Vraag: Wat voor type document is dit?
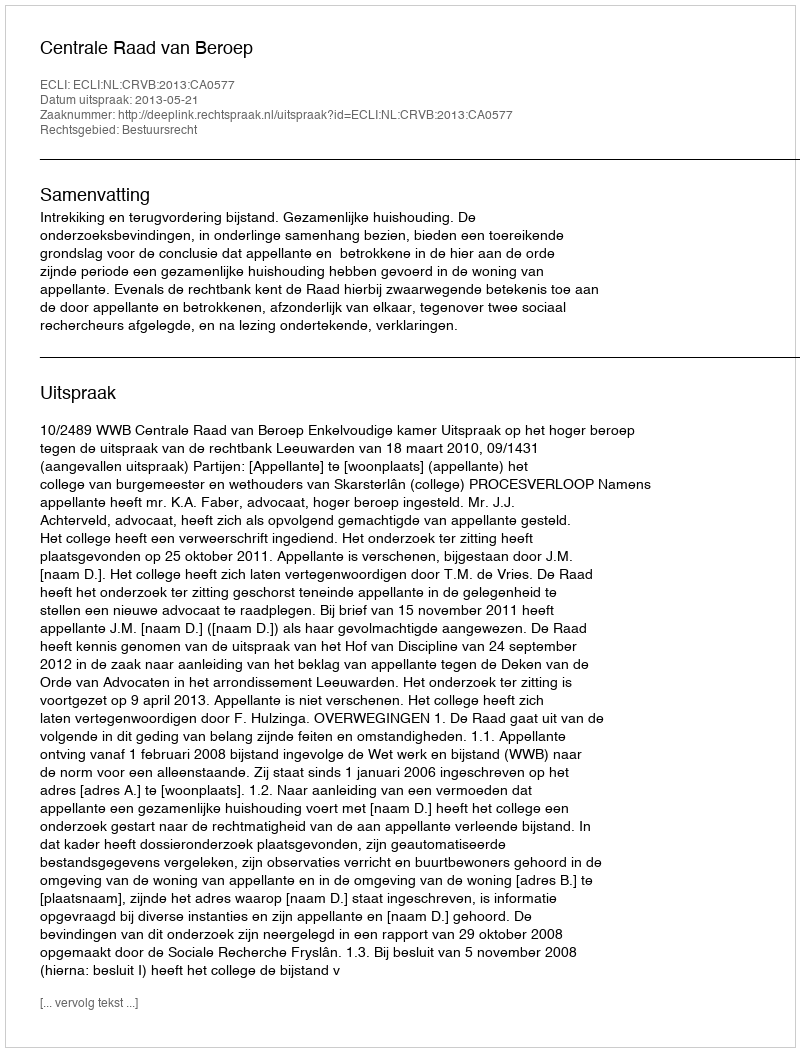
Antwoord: Uitspraak